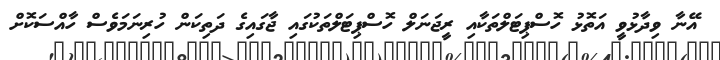
އޭނާ ވިދާޅުވީ އަތޮޅު ހޮސްޕިޓަލްތަކާއި ރީޖަނަލް ހޮސްޕިޓަލްތަކުގައި ޖާގައިގެ ދަތިކަން ހުރިނަމަވެސް ހާއްސަކޮށް